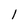
Character: 1